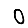
Digit: 0